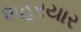
શહરયાર